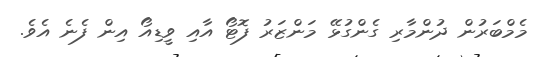
މެމްބަރުން ދުންމާރި ގެންގުޅޭ މަންޒަރު ފޮޓޯ އާއި ވީޑިއޯ އިން ފެނެ އެވެ.